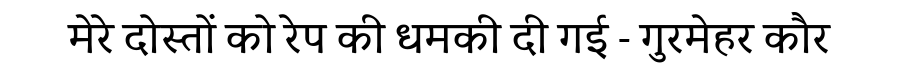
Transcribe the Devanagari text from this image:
मेरे दोस्तों को रेप की धमकी दी गई - गुरमेहर कौर